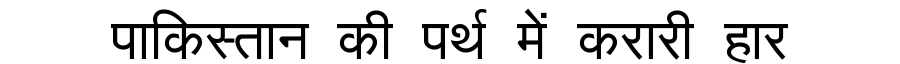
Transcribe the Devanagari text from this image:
पाकिस्तान की पर्थ में करारी हार